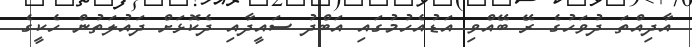
އާދިއްތަ ދުވަހުގެ ރޭ ބޭއްވި އަޑުއެހުމުގައި އަބްދު ސައީދާއި ދެކޮޅަށް ދައުލަތުން ހެކީގެ